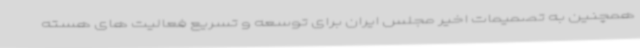
همچنین به تصمیمات اخیر مجلس ایران برای توسعه و تسریع فعالیت های هسته